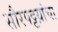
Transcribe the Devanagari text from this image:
सौरपट्टय़ांचा